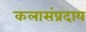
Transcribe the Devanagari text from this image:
कलासंप्रदाय